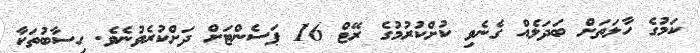
ކަމުގެ ހާލަތަށް ބަދަލެއް ގެނެވި ކުށްކުރުމުގެ ރޭޓް 16 ޕަސެންޓަށް ދަށްކުރެވުނެވެ. ހިސާބުތަކާ